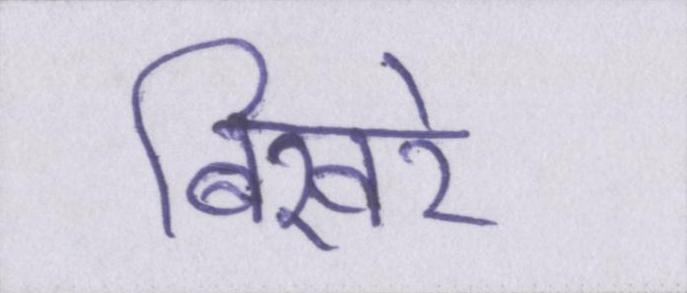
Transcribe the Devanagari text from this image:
बिखरे